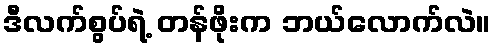
ဒီလက်စွပ်ရဲ့ တန်ဖိုးက ဘယ်လောက်လဲ။